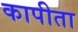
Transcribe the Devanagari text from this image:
कापीता